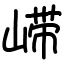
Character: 𫶇